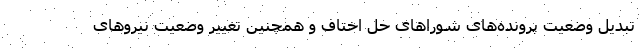
تبدیل وضعیت پرونده‌های شوراهای حل اختاف و همچنین تغییر وضعیت نیروهای